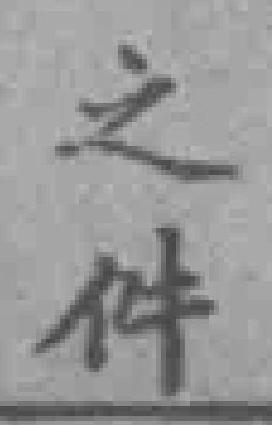
之件